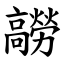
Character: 髝